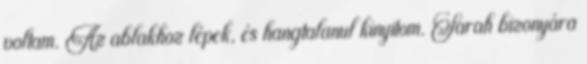
voltam. Az ablakhoz lépek, és hangtalanul kinyitom. Sarah bizonyára